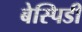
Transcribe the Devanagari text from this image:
बेस्पिडी